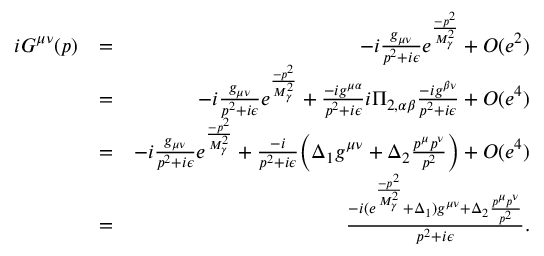
\begin{array} { r l r } { i G ^ { \mu \nu } ( p ) } & { = } & { - i \frac { g _ { \mu \nu } } { p ^ { 2 } + i \epsilon } e ^ { \frac { - p ^ { 2 } } { M _ { \gamma } ^ { 2 } } } + O ( e ^ { 2 } ) } \\ & { = } & { - i \frac { g _ { \mu \nu } } { p ^ { 2 } + i \epsilon } e ^ { \frac { - p ^ { 2 } } { M _ { \gamma } ^ { 2 } } } + \frac { - i g ^ { \mu \alpha } } { p ^ { 2 } + i \epsilon } i \Pi _ { 2 , \alpha \beta } \frac { - i g ^ { \beta \nu } } { p ^ { 2 } + i \epsilon } + O ( e ^ { 4 } ) } \\ & { = } & { - i \frac { g _ { \mu \nu } } { p ^ { 2 } + i \epsilon } e ^ { \frac { - p ^ { 2 } } { M _ { \gamma } ^ { 2 } } } + \frac { - i } { p ^ { 2 } + i \epsilon } \biggl ( \Delta _ { 1 } g ^ { \mu \nu } + \Delta _ { 2 } \frac { p ^ { \mu } p ^ { \nu } } { p ^ { 2 } } \biggr ) + O ( e ^ { 4 } ) } \\ & { = } & { \frac { - i ( e ^ { \frac { - p ^ { 2 } } { M _ { \gamma } ^ { 2 } } } + \Delta _ { 1 } ) g ^ { \mu \nu } + \Delta _ { 2 } \frac { p ^ { \mu } p ^ { \nu } } { p ^ { 2 } } } { p ^ { 2 } + i \epsilon } . } \end{array}